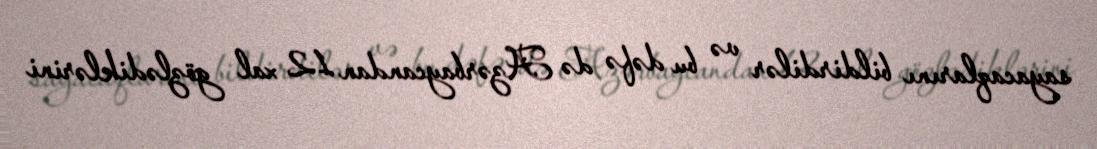
sayacaqlarını bildirdilər və bu dəfə də Azərbaycandan 12 xal gözlədiklərini